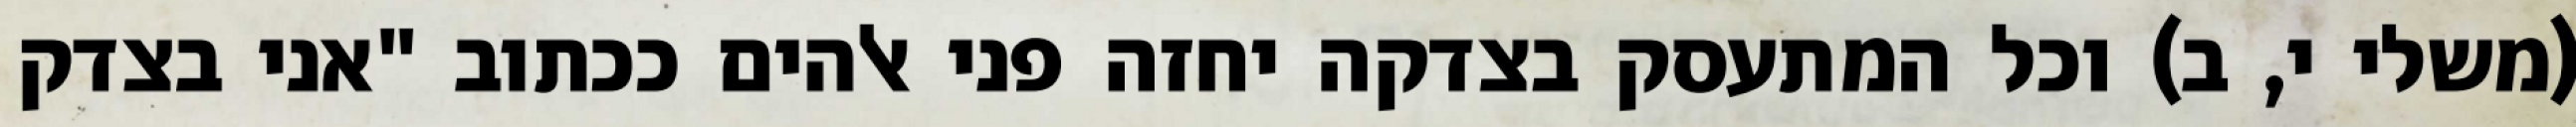
(משלי י, ב) וכל המתעסק בצדקה יחזה פני אלהים ככתוב "אני בצדק